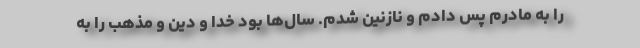
را به مادرم پس دادم و نازنین شدم. سال‌ها بود خدا و دین و مذهب را به